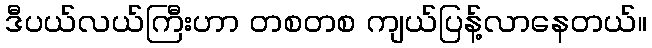
ဒီပယ်လယ်ကြီးဟာ တစတစ ကျယ်ပြန့်လာနေတယ်။